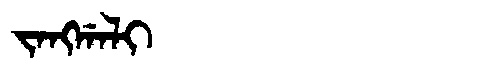
Manchu: ᠵᠠᠩᡤᠠᠯᡳ
Romanization: JANGGALI